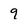
Character: 9